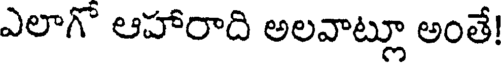
ఎలాగొ ఆహారాది అలవాట్లూ అంతే!